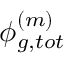
\phi _ { g , t o t } ^ { ( m ) }